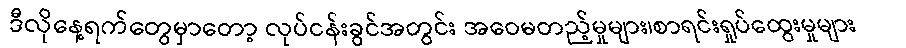
ဒီလိုနေ့ရက်တွေမှာတော့ လုပ်ငန်းခွင်အတွင်း အဝေမတည့်မှုများ၊စာရင်းရှုပ်ထွေးမှုများ